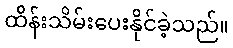
ထိန်းသိမ်းပေးနိုင်ခဲ့သည်။